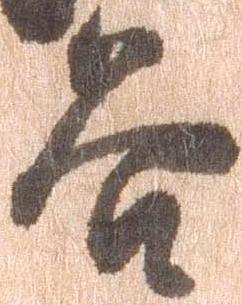
谷